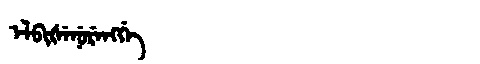
Manchu: ᡝᠯᠪᡳᡧᡝᠨᡠᡵᡝᠩᡤᡝ
Romanization: ELBIŠENURENGGE